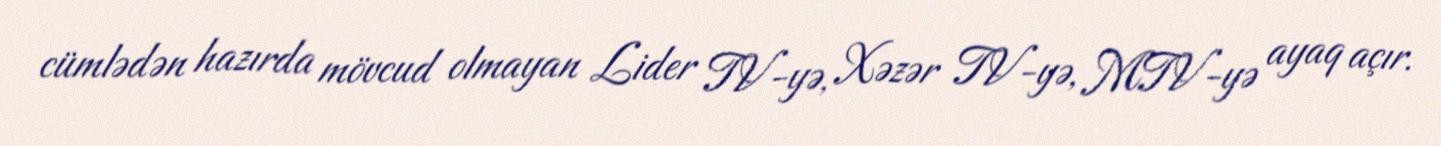
cümlədən hazırda mövcud olmayan Lider TV-yə, Xəzər TV-yə, MTV-yə ayaq açır.